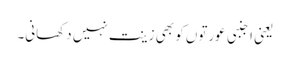
یعنی اجنبی عورتوں کو بھی زینت نہیں دکھانی۔